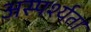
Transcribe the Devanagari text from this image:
अस्पर्श्यता